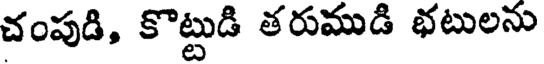
చంపుడి, కొట్టుడి తరుముడి భటులను